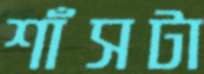
শাঁসটা